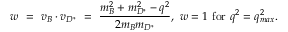
w ~ = ~ v _ { B } \cdot v _ { D ^ { \ast } } ~ = ~ \frac { m _ { B } ^ { 2 } + m _ { D ^ { \ast } } ^ { 2 } - q ^ { 2 } } { 2 m _ { B } m _ { D ^ { \ast } } } , ~ w = 1 ~ \mathrm { f o r } ~ q ^ { 2 } = q _ { m a x } ^ { 2 } .